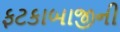
ફટકાબાજીની